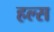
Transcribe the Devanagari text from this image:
हल्स